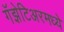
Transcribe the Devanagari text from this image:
गॅझेटिअरमध्ये